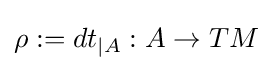
\rho :=dt_{\mid A}:A\to TM